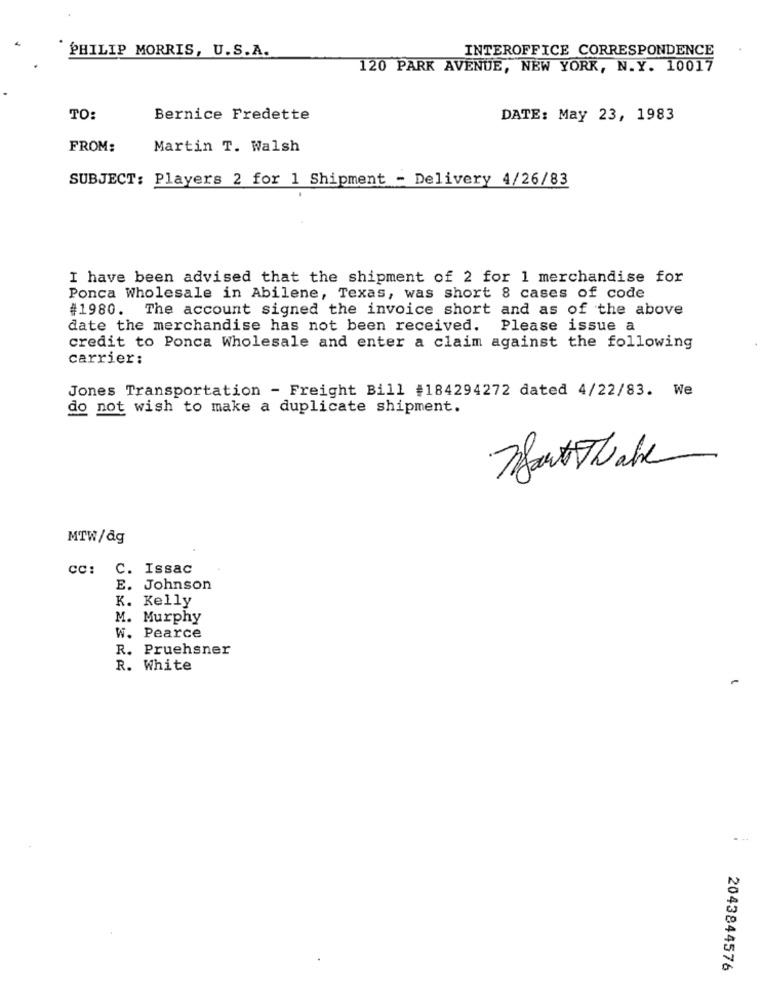
PHILIP MORRIS, U.S.A.
INTEROFFICE CORRESPONDENCE
120 PARK AVENUE, NEW YORK, N.Y. 10017
TO:
Bernice Fredette
DATE: May 23, 1983
FROM:
Martin T. Walsh
SUBJECT: Players 2 for 1 Shipment - Delivery 4/26/83
I have been advised that the shipment of 2 for 1 merchandise for
Ponca Wholesale in Abilene, Texas, was short 8 cases of code
#1980. The account signed the invoice short and as of the above
date the merchandise has not been received. Please issue a
credit to Ponca Wholesale and enter a claim against the following
carrier:
Jones Transportation - Freight Bill #184294272 dated 4/22/83. We
do not wish to make a duplicate shipment.
MTW/&g
cc: C. Issac
E. Johnson
K. Kelly
M. Murphy
W. Pearce
R. Pruehsner
R. White
2043844576